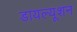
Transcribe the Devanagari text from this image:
डायल्यूशन